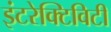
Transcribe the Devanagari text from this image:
इंटरेक्टिविटी